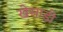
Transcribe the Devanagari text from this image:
खेसाड़ी